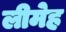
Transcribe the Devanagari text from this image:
लीमेह